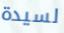
لسيدة